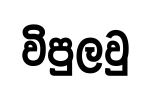
විපුලවු